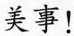
美事！